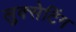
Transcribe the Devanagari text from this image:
लुक्सेटिंग